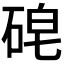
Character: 𱴈